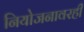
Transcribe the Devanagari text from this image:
नियोजनावरही